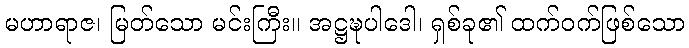
မဟာရာဇ၊ မြတ်သော မင်းကြီး။ အဋ္ဌဍ္ဎပါဒေါ၊ ရှစ်ခု၏ ထက်ဝက်ဖြစ်သော